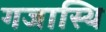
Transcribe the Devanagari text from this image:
गजास्थि